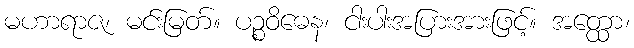
မဟာရာဇ၊ မင်းမြတ်။ ပဉ္စဝိဓေန၊ ငါးပါးအပြားအားဖြင့်။ အတ္ထော၊